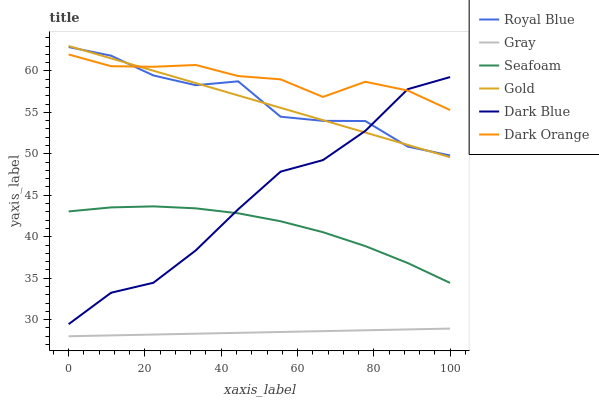
| xaxis_label | Royal Blue | Gray | Seafoam | Gold | Dark Blue | Dark Orange |
 | --- | --- | --- | --- | --- | --- | --- |
 | 0 | 62.9 | 28 | 43.1 | 63 | 29.5 | 62 |
 | 11.1 | 61.8 | 28.1 | 43.5 | 61.5 | 33.2 | 60.6 |
 | 22.2 | 59.4 | 28.2 | 43.7 | 60 | 34.5 | 60.5 |
 | 33.3 | 58.3 | 28.3 | 43.4 | 58.5 | 38.4 | 60.7 |
 | 44.4 | 58.7 | 28.4 | 42.8 | 57 | 43.3 | 59.4 |
 | 55.6 | 54.5 | 28.5 | 41.9 | 55.5 | 47.8 | 59 |
 | 66.7 | 54 | 28.6 | 40.5 | 54.1 | 49.2 | 56.9 |
 | 77.8 | 54 | 28.7 | 38.9 | 52.6 | 52.8 | 58.7 |
 | 88.9 | 50.9 | 28.8 | 36.8 | 51.1 | 57.8 | 57.6 |
 | 100 | 49.8 | 28.9 | 34.4 | 49.6 | 59.3 | 55.3 |